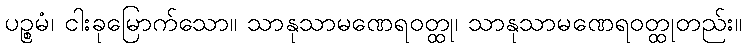
ပဉ္စမံ၊ ငါးခုမြောက်သော။ သာနုသာမဏေရဝတ္ထု၊ သာနုသာမဏေရဝတ္ထုတည်း။